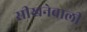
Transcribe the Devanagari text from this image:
सीखनेवाली